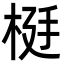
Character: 𬂹